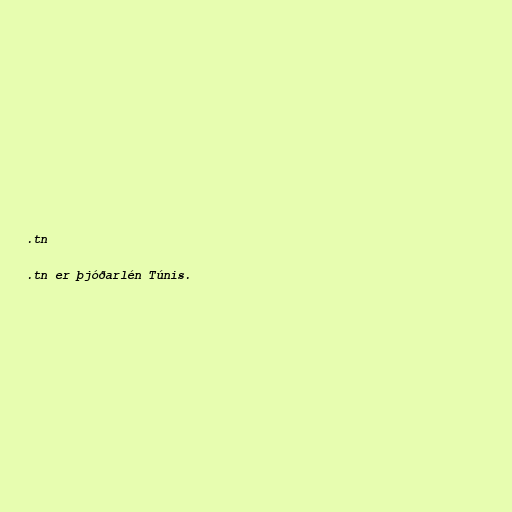
.tn

.tn er þjóðarlén Túnis.